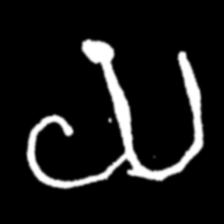
Pyu character \u2014 Myanmar letter: ယ (romanized: ya)